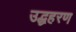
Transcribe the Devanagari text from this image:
उद्धहरण